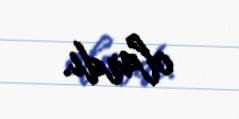
olardı.